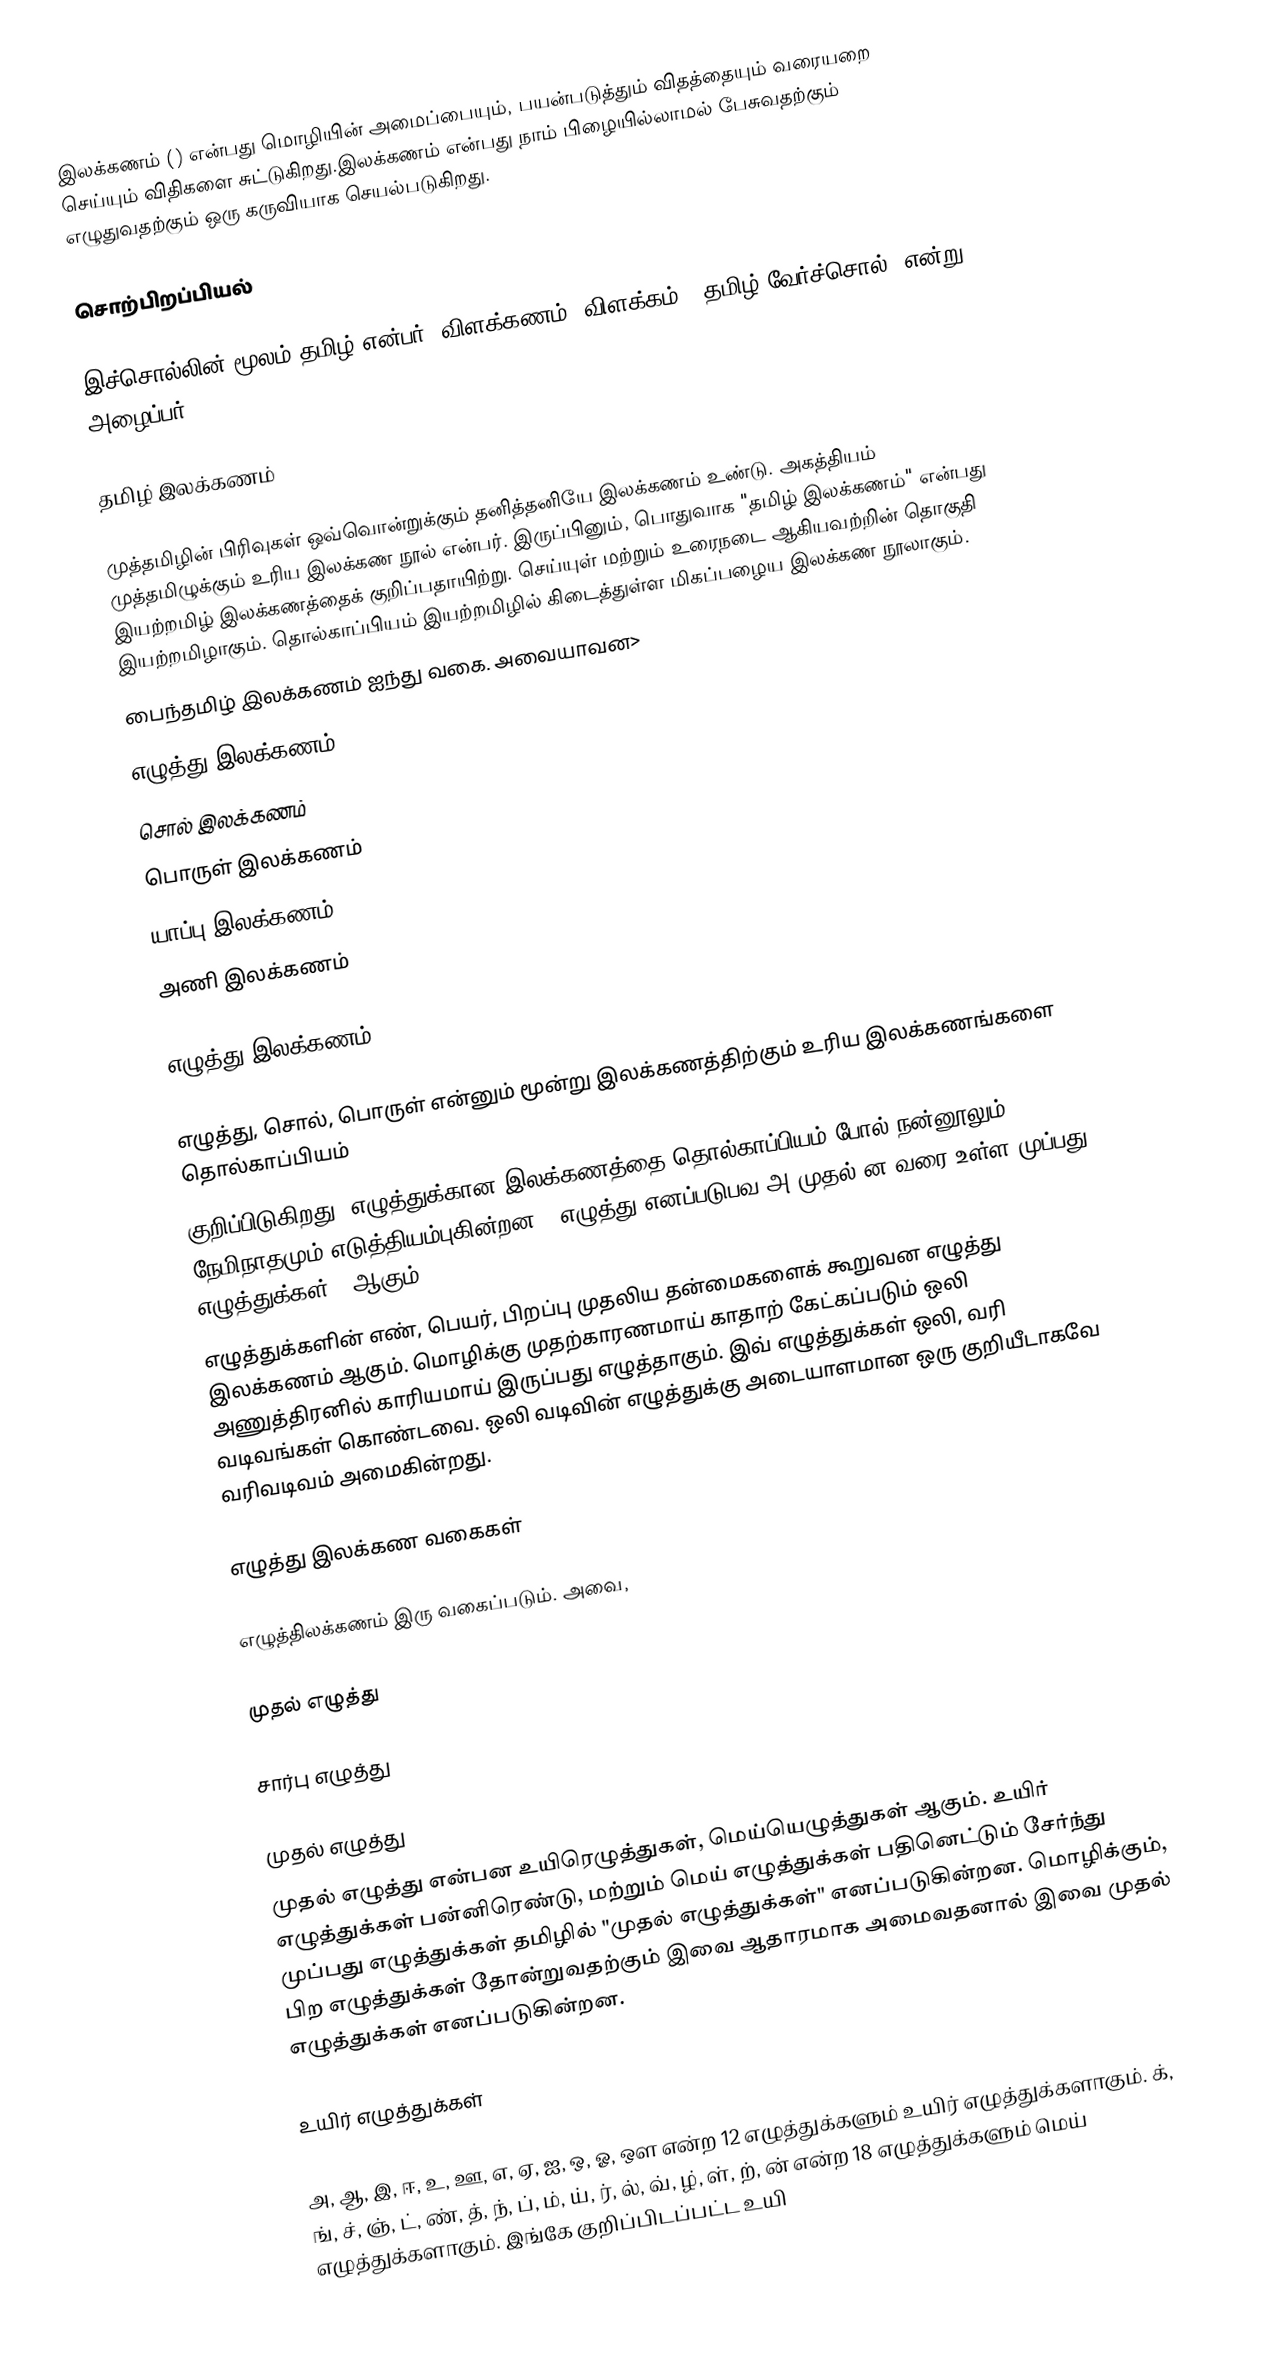
இலக்கணம் () என்பது மொழியின் அமைப்பையும், பயன்படுத்தும் விதத்தையும் வரையறை செய்யும் விதிகளை சுட்டுகிறது.இலக்கணம் என்பது நாம் பிழையில்லாமல்  பேசுவதற்கும் எழுதுவதற்கும் ஒரு கருவியாக செயல்படுகிறது.

சொற்பிறப்பியல்

இச்சொல்லின் மூலம் தமிழ் என்பர். விளக்கணம் (விளக்கம் - தமிழ் வேர்ச்சொல்) என்று அழைப்பர்.

தமிழ் இலக்கணம்

முத்தமிழின் பிரிவுகள் ஒவ்வொன்றுக்கும் தனித்தனியே இலக்கணம் உண்டு. அகத்தியம் முத்தமிழுக்கும் உரிய இலக்கண நூல் என்பர். இருப்பினும், பொதுவாக "தமிழ் இலக்கணம்" என்பது இயற்றமிழ் இலக்கணத்தைக் குறிப்பதாயிற்று. செய்யுள் மற்றும் உரைநடை ஆகியவற்றின் தொகுதி இயற்றமிழாகும். தொல்காப்பியம் இயற்றமிழில் கிடைத்துள்ள மிகப்பழைய இலக்கண நூலாகும்.
பைந்தமிழ் இலக்கணம் ஐந்து வகை. அவையாவன>
எழுத்து இலக்கணம்
சொல் இலக்கணம்
பொருள் இலக்கணம்
யாப்பு இலக்கணம்
அணி இலக்கணம்

எழுத்து இலக்கணம்

எழுத்து, சொல், பொருள்  என்னும்  மூன்று  இலக்கணத்திற்கும்  உரிய இலக்கணங்களை  தொல்காப்பியம்
குறிப்பிடுகிறது. எழுத்துக்கான இலக்கணத்தை தொல்காப்பியம் போல் நன்னூலும் நேமிநாதமும் எடுத்தியம்புகின்றன.   'எழுத்து எனப்படுபவ  அ  முதல்  ன  வரை உள்ள  முப்பது எழுத்துக்கள் ' ஆகும் .
எழுத்துக்களின் எண், பெயர், பிறப்பு முதலிய தன்மைகளைக் கூறுவன எழுத்து இலக்கணம் ஆகும். மொழிக்கு முதற்காரணமாய் காதாற் கேட்கப்படும் ஒலி அணுத்திரனில் காரியமாய் இருப்பது எழுத்தாகும். இவ் எழுத்துக்கள் ஒலி, வரி வடிவங்கள் கொண்டவை. ஒலி வடிவின் எழுத்துக்கு அடையாளமான ஒரு குறியீடாகவே வரிவடிவம் அமைகின்றது.

எழுத்து இலக்கண வகைகள்

எழுத்திலக்கணம் இரு வகைப்படும். அவை,

முதல் எழுத்து

சார்பு எழுத்து

முதல் எழுத்து
முதல் எழுத்து என்பன  உயிரெழுத்துகள், மெய்யெழுத்துகள் ஆகும். உயிர் எழுத்துக்கள் பன்னிரெண்டு, மற்றும் மெய் எழுத்துக்கள் பதினெட்டும் சேர்ந்து முப்பது எழுத்துக்கள் தமிழில் "முதல் எழுத்துக்கள்" எனப்படுகின்றன. மொழிக்கும், பிற எழுத்துக்கள் தோன்றுவதற்கும் இவை ஆதாரமாக அமைவதனால் இவை முதல் எழுத்துக்கள் எனப்படுகின்றன.

உயிர் எழுத்துக்கள்

அ, ஆ, இ, ஈ, உ, ஊ, எ, ஏ, ஐ, ஒ, ஓ, ஔ என்ற 12 எழுத்துக்களும் உயிர் எழுத்துக்களாகும். க், ங், ச், ஞ், ட், ண், த், ந், ப், ம், ய், ர், ல், வ், ழ், ள், ற், ன் என்ற 18 எழுத்துக்களும் மெய் எழுத்துக்களாகும். இங்கே குறிப்பிடப்பட்ட உயி